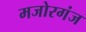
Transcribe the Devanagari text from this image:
मजोरगंज